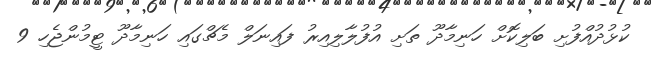
ކުޅުދުއްފުށި ބަލިކޮށް ހަނިމާދޫ ތަށި އުފުލާލިއިރު ފައިނަލް މެޗްގައި ހަނިމާދޫ ޓީމުންޖެހި 9